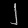
Digit: ၂